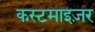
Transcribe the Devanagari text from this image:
कस्टमाइज़र